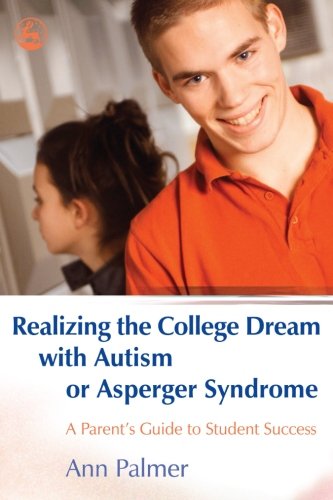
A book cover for Realizing the College Dream With Autism or Asperger Syndrome: A Parent's Guide to Student Success; Ann Palmer; Health, Fitness & Dieting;